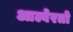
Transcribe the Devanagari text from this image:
आल्वेरतो